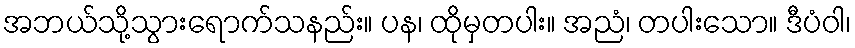
အဘယ်သို့သွားရောက်သနည်း။ ပန၊ ထိုမှတပါး။ အညံ၊ တပါးသော။ ဒီပံဝါ၊